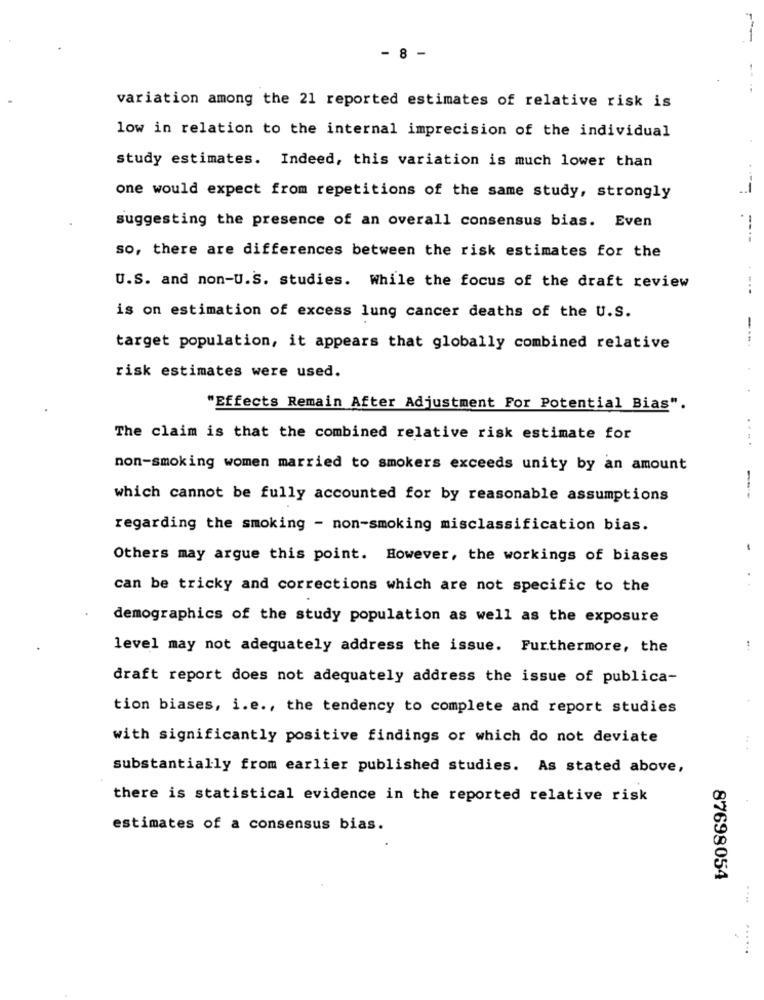
- 8 -
variation among the 21 reported estimates of relative risk is
low in relation to the internal imprecision of the individual
study estimates. Indeed, this variation is much lower than
one would expect from repetitions of the same study, strongly
suggesting the presence of an overall consensus bias. Even
so, there are differences between the risk estimates for the
U.S. and non-U.S. studies. While the focus of the draft review
is on estimation of excess lung cancer deaths of the U.S.
target population, it appears that globally combined relative
risk estimates were used.
"Effects Remain After Adjustment For Potential Bias".
The claim is that the combined relative risk estimate for
non-smoking women married to smokers exceeds unity by an amount
which cannot be fully accounted for by reasonable assumptions
regarding the smoking - non-smoking misclassification bias.
Others may argue this point. However, the workings of biases
can be tricky and corrections which are not specific to the
demographics of the study population as well as the exposure
level may not adequately address the issue. Furthermore, the
draft report does not adequately address the issue of publica-
tion biases, i.e ., the tendency to complete and report studies
with significantly positive findings or which do not deviate
substantially from earlier published studies. As stated above,
there is statistical evidence in the reported relative risk
estimates of a consensus bias.
87698054
......